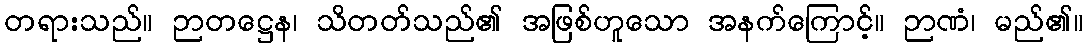
တရားသည်။ ဉာတဋ္ဌေန၊ သိတတ်သည်၏ အဖြစ်ဟူသော အနက်ကြောင့်။ ဉာဏံ၊ မည်၏။